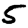
Digit: 5